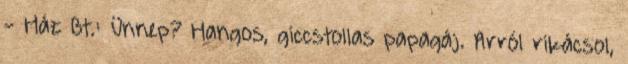
- Ház Bt.: Ünnep? Hangos, giccstollas papagáj. Arról rikácsol,